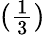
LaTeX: \begin{array}{l}{({\frac{1}{3}})}\end{array}